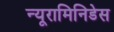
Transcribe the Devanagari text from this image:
न्यूरामिनिडेस